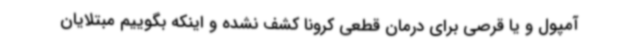
آمپول و یا قرصی برای درمان قطعی کرونا کشف نشده و اینکه بگوییم مبتلایان